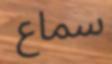
سماع